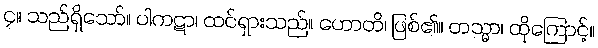
၄။ သည်ရှိသော်။ ပါကဋာ၊ ထင်ရှားသည်။ ဟောတိ၊ ဖြစ်၏။ တသ္မာ၊ ထိုကြောင့်။